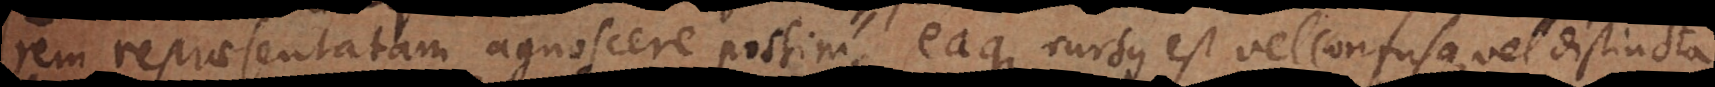
rem repraesentatam agnoscere possim, eaque rursus est vel confusa vel distincta